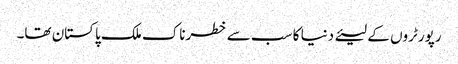
رپورٹروں کے لیئے دنیا کا سب سے خطرناک ملک پاکستان تھا۔